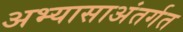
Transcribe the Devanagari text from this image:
अभ्यासाअंतर्गत